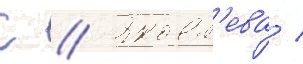
С // Яковл'ева /